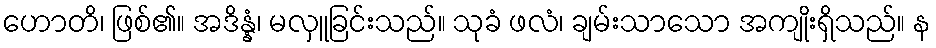
ဟောတိ၊ ဖြစ်၏။ အဒိန္နံ၊ မလှူခြင်းသည်။ သုခံ ဖလံ၊ ချမ်းသာသော အကျိုးရှိသည်။ န